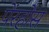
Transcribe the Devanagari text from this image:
पेंरहोस